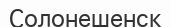
Солонешенск